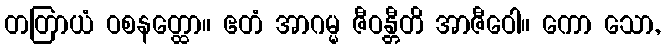
တတြာယံ ဝစနတ္ထော။ ဧတံ အာဂမ္မ ဇီဝန္တီတိ အာဇီဝေါ။ ကော သော,